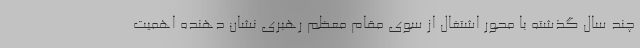
چند سال گذشته با محور اشتغال از سوی مقام معظم رهبری نشان دهنده اهمیت